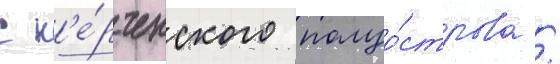
с к'е́рченского полуо́строва /